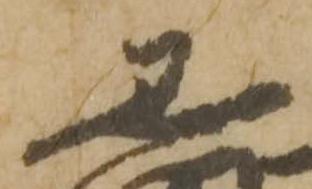
黒